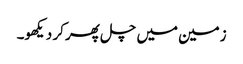
زمین میں چل پھر کر دیکھو۔